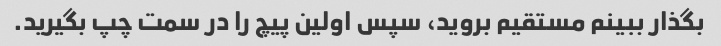
بگذار ببینم مستقیم بروید، سپس اولین پیچ را در سمت چپ بگیرید.